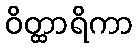
ဝိတ္ထာရိကာ